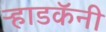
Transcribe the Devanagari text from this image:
ऱ्हाडकॅनी